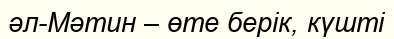
әл-Мәтин – өте берік, күшті